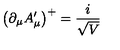
\left( \partial _ { \mu } A _ { \mu } ^ { \prime } \right) ^ { + } = \frac { i } { \sqrt { V } }